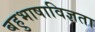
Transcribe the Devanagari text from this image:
बहुभाषाविज्ञता